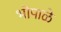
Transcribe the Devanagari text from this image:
भोपाळे